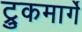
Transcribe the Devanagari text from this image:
ट्रुकमार्गे